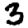
Digit: 3